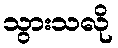
သွားသလို